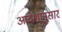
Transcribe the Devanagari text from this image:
आदेशा्नुसार